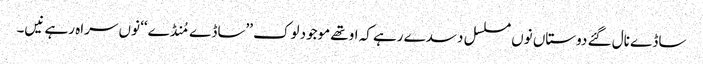
ساڈے نال گئے دوستاں نوں مسلسل دسدے رہے کہ اوتھے موجود لوک ’’ساڈے مُنڈے‘‘ نوں سراہ رہے نیں۔